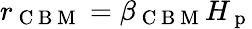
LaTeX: r_{\mathrm{~C~B~M~}}=\beta_{\mathrm{~C~B~M~}}H_{\mathrm{~p~}}